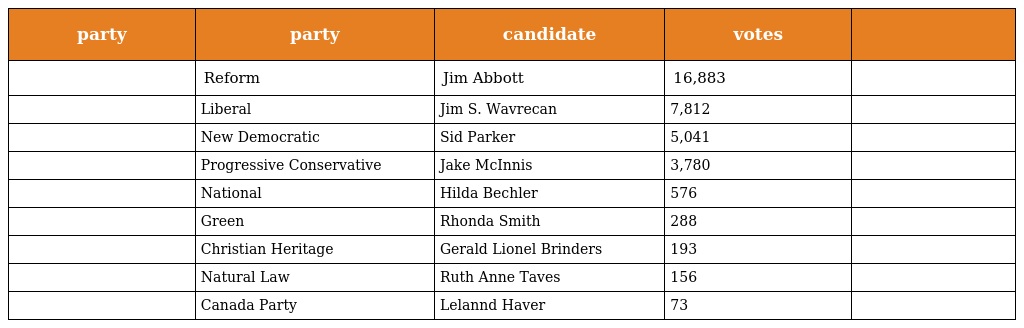
| party | party | candidate | votes |  |
 | --- | --- | --- | --- | --- |
 |  | Reform | Jim Abbott | 16,883 |  |
 |  | Liberal | Jim S. Wavrecan | 7,812 |  |
 |  | New Democratic | Sid Parker | 5,041 |  |
 |  | Progressive Conservative | Jake McInnis | 3,780 |  |
 |  | National | Hilda Bechler | 576 |  |
 |  | Green | Rhonda Smith | 288 |  |
 |  | Christian Heritage | Gerald Lionel Brinders | 193 |  |
 |  | Natural Law | Ruth Anne Taves | 156 |  |
 |  | Canada Party | Lelannd Haver | 73 |  |